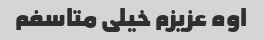
اوه عزیزم خیلی متاسفم